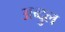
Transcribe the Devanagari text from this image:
अब्दु्ल